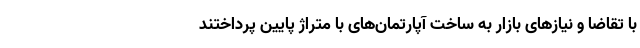
با تقاضا و نیازهای بازار به ساخت آپارتمان‌های با متراژ پایین پرداختند